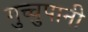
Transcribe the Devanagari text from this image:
गुच्चुपानी